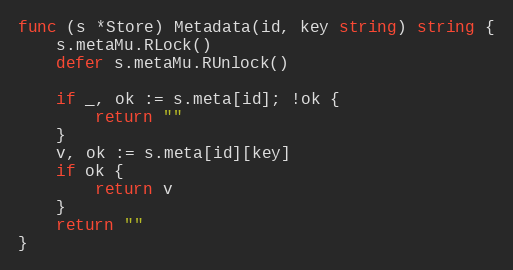
Language: Go
func (s *Store) Metadata(id, key string) string {
	s.metaMu.RLock()
	defer s.metaMu.RUnlock()

	if _, ok := s.meta[id]; !ok {
		return ""
	}
	v, ok := s.meta[id][key]
	if ok {
		return v
	}
	return ""
}